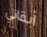
أبقاني